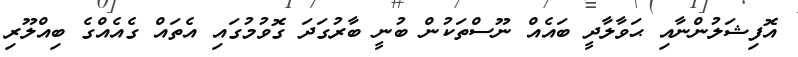
އޮފިޝަލުންނާއި ޙަވާލާދީ ބައެއް ނޫސްތަކުން ބުނީ ބާރުގަދަ ގޮވުމުގައި އެތައް ގެއެއްގެ ބިއްލޫރި